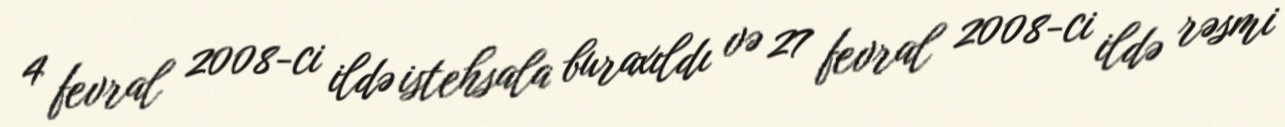
4 fevral 2008-ci ildə istehsala buraxıldı və 27 fevral 2008-ci ildə rəsmi